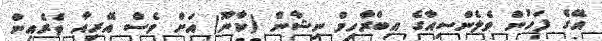
އޭގެ ފަހުން ވެލެންސިއާގެ އިބްރާހިމް ނިޝާން (ކާނޫ) އަށް ވެސް އޭރިއާ ތެރެއިން